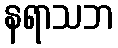
နရာသဘ